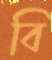
বি